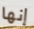
إنها